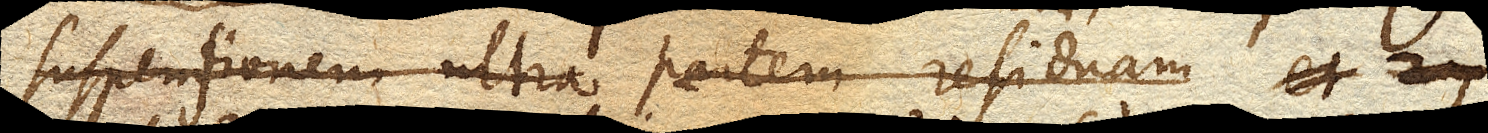
suspensionem ultra partem residuam et